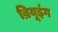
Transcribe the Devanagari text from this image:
ब्रियूइंग